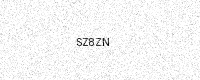
Text: SZ8ZN